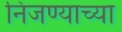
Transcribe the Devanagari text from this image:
निजण्याच्या